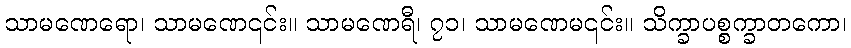
သာမဏေရော၊ သာမဏေ၎င်း။ သာမဏေရီ၊ ၇၁၊ သာမဏေမ၎င်း။ သိက္ခာပစ္စက္ခာတကော၊